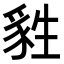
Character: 𤯴